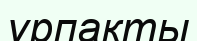
ұрпакты